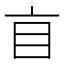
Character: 𥃰